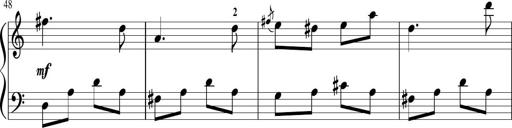
Title: Sonatina in G major
Composer: Friedrich Kuhlau
Key: G major